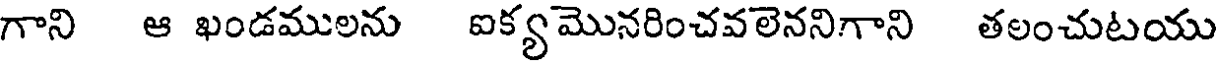
గాని ఆ ఖండములను ఐక్యమొనరించవలెననిగాని తలంచుటయు